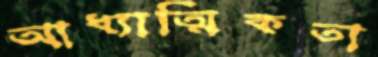
আধ্যাত্মিকতা